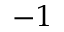
- 1